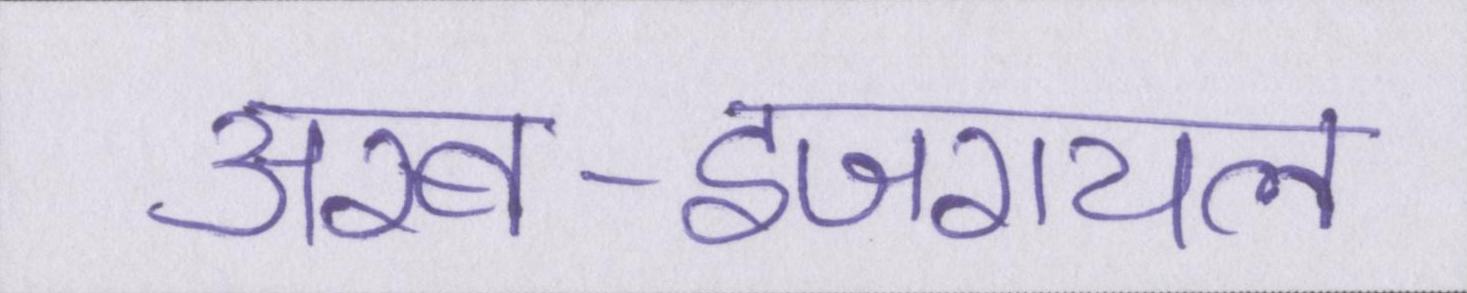
अरब-इजरायल